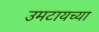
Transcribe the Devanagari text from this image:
उमटायच्या